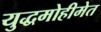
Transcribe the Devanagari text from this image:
युद्धमोहीमेत